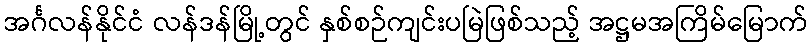
အင်္ဂလန်နိုင်ငံ လန်ဒန်မြို့တွင် နှစ်စဉ်ကျင်းပမြဲဖြစ်သည့် အဋ္ဌမအကြိမ်မြောက်